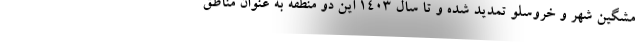
مشگین شهر و خروسلو تمدید شده و تا سال 1403 این دو منطقه به عنوان مناطق